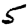
Digit: 5